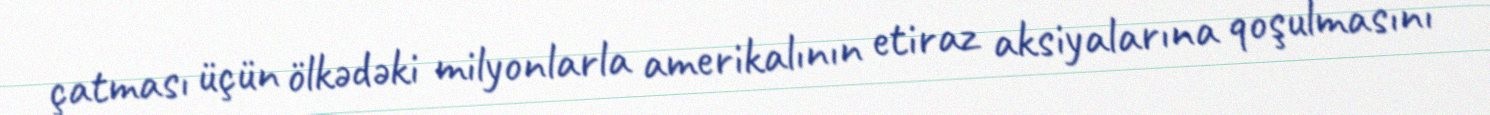
çatması üçün ölkədəki milyonlarla amerikalının etiraz aksiyalarına qoşulmasını